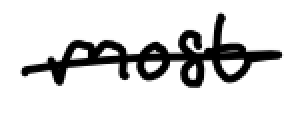
Text: most
Cross-out: single-line
Writing tool: digital_black